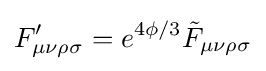
F'_{\mu \nu \rho \sigma }=e^{4\phi /3}{\tilde {F}}_{\mu \nu \rho \sigma }